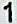
1